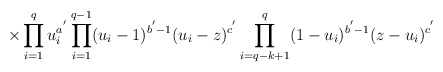
\begin{align*}\hspace{15mm}\times\prod_{i = 1}^{q}u_{i}^{a^{'}}\prod_{i = 1}^{q - 1}(u_{i}- 1)^{b^{'} - 1}(u_{i} - z)^{c^{'}}\prod_{i = q - k + 1}^{q}(1 - u_{i})^{b^{'}- 1}(z - u_{i})^{c^{'}}\end{align*}